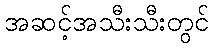
အဆင့်အသီးသီးတွင်